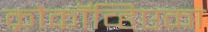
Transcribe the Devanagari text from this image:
क्रोकॉव्हिएका